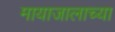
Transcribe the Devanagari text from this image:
मायाजालाच्या